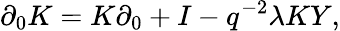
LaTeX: \partial_{0}K=K\partial_{0}+I-q^{-2}\lambda KY,